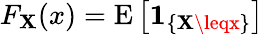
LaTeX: F_{\mathbf{X}}(x)=\operatorname{E}\left[\mathbf{{1}}_{\{ \mathbf{X}\leqx\} }\right]